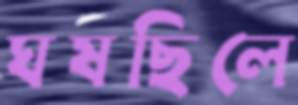
ঘষছিলে